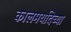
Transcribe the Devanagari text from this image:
कालमर्यादेच्या